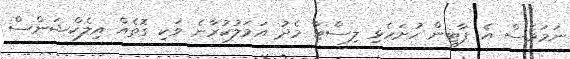
ނަމަވެސް އެ ޕާޓީން ހުށަހެޅި ލިސްޓާ މެދު އަމަލުކުރާނެ ވަކި ގޮތެއް އިލެކްޝަންސް